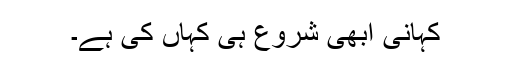
کہانی ابھی شروع ہی کہاں کی ہے۔